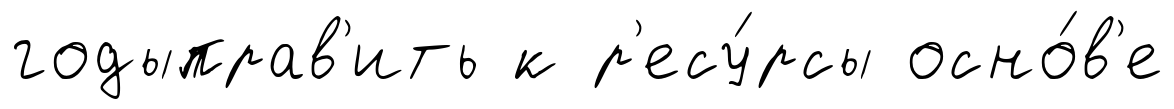
годыправ'ить к р'есу́рсы осно́в'е